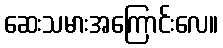
ဆေးသမားအကြောင်းလေ။